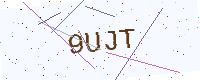
Text: 9UJT